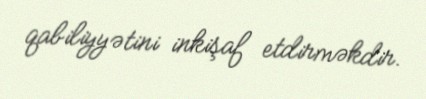
qabiliyyətini inkişaf etdirməkdir.